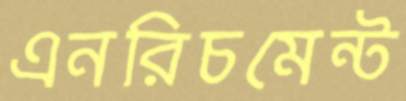
এনরিচমেন্ট